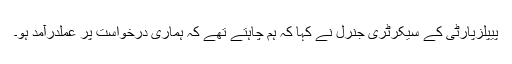
پیپلزپارٹی کے سیکرٹری جنرل نے کہا کہ ہم چاہتے تھے کہ ہماری درخواست پر عملدرآمد ہو۔